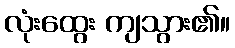
လုံးထွေး ကျသွား၏။